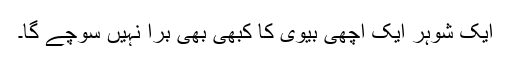
ایک شوہر ایک اچھی بیوی کا کبھی بھی برا نہیں سوچے گا۔